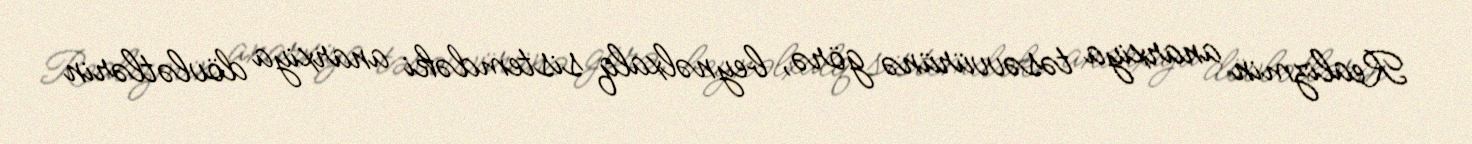
Realizmin anarxiya təsəvvürünə görə, beynəlxalq sistemdəki anarxiya dövlətlərin